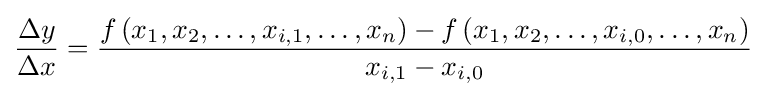
{\frac {\Delta y}{\Delta x}}={\frac {f\left(x_{1},x_{2},\ldots ,x_{i,1},\ldots ,x_{n}\right)-f\left(x_{1},x_{2},\ldots ,x_{i,0},\ldots ,x_{n}\right)}{x_{i,1}-x_{i,0}}}